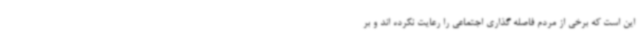
این است که برخی از مردم فاصله گذاری اجتماعی را رعایت نکرده اند و بر